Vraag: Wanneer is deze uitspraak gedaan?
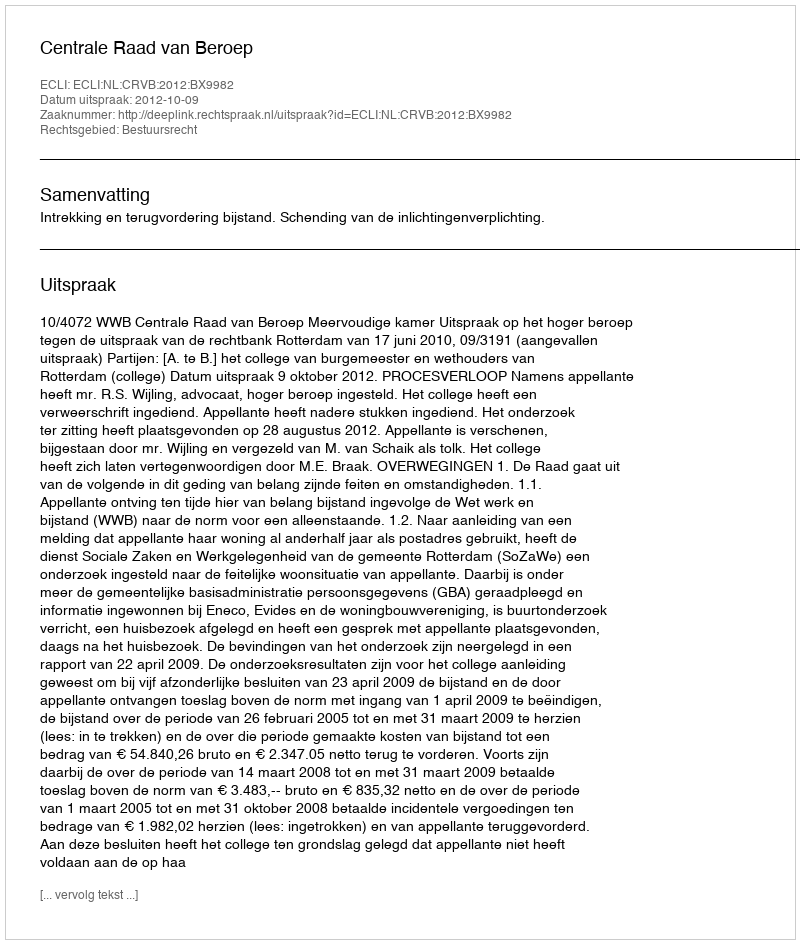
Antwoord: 2012-10-09